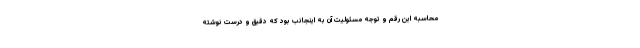
محاسبه این رقم و توجه مسئولیت آن به اینجانب بود که دقیق و درست نوشته